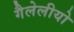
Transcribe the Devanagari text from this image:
गैलेलीयो